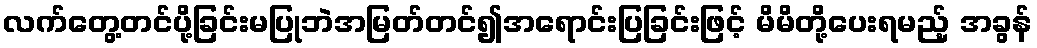
လက်တွေ့တင်ပို့ခြင်းမပြုဘဲအမြတ်တင်၍အရောင်းပြခြင်းဖြင့် မိမိတို့ပေးရမည့် အခွန်